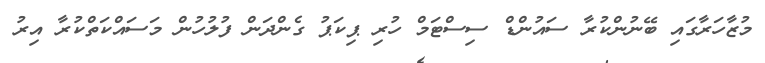
މުޒާހަރާގައި ބޭނުންކުރާ ސައުންޑް ސިސްޓަމް ހުރި ޕިކަޕު ގެންދަން ފުލުހުން މަސައްކަތްކުރާ އިރު